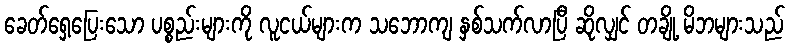
ခေတ်ရှေ့ပြေးသော ပစ္စည်းများကို လူငယ်များက သဘောကျ နှစ်သက်လာပြီ ဆိုလျှင် တချို့ မိဘများသည်